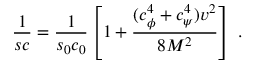
\frac { 1 } { s c } = \frac { 1 } { s _ { 0 } c _ { 0 } } \left[ 1 + \frac { ( c _ { \phi } ^ { 4 } + c _ { \psi } ^ { 4 } ) v ^ { 2 } } { 8 M ^ { 2 } } \right] \; .